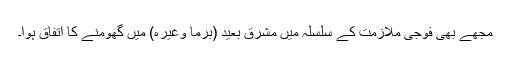
مجھے بھی فوجی ملازمت کے سلسلہ میں مشرقِ بعید (برما وغیرہ) میں گھومنے کا اتفاق ہوا۔